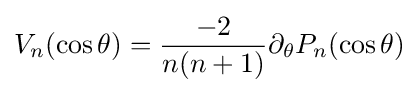
V_{n}(\cos \theta )={\frac {-2}{n(n+1)}}\partial _{\theta }P_{n}(\cos \theta )